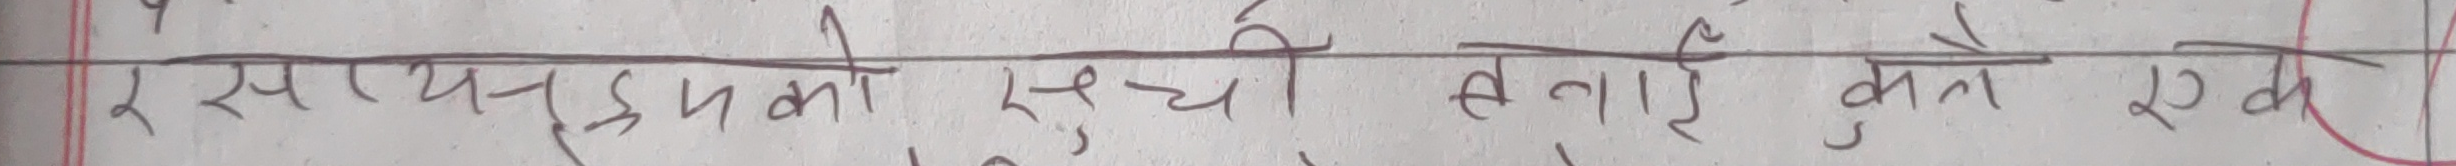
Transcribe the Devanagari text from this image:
२ साधन उपकरण मकी सूची बनाई कुल २० क